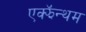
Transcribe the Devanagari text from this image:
एक्झॅन्थम